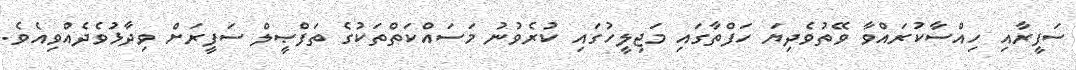
ސަފީރާއި ހިއްސާކުރައްވާ ވޭތުވެދިޔަ ހަފްތާގައި މަޖިލީހުގައި ކުރެވުނު މަސައްކަތްތަކުގެ ތަފްޞީލް ސަފީރަށް ވިދާޅުވެދެއްވިއެވެ.